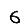
Digit: 6